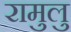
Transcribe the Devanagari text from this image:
रामुलु